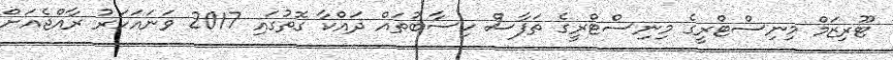
ޓޫރިޒަމް މިނިސްޓްރީގެ މިނިސްޓްރީގެ ތަފާސް ހިސާބުތައް ދައްކާ ގޮތުގައި 2017 ވަނައަހަރު ރާއްޖެއަށް